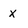
Character: x